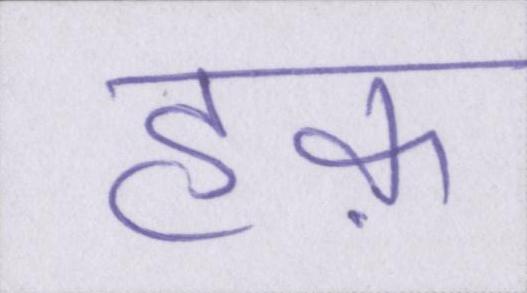
हक़